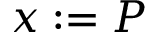
x : = P